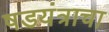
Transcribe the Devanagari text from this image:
षडयंत्राचा